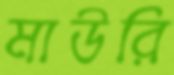
মাউরি